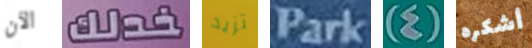
الآن خدلك تزيد Park (4) أشكره